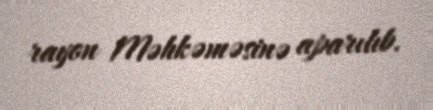
rayon Məhkəməsinə aparılıb.